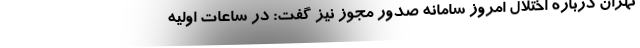
تهران درباره اختلال امروز سامانه صدور مجوز نیز گفت: در ساعات اولیه